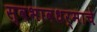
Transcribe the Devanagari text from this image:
स्वभावधर्माचे